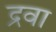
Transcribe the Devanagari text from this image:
द्रवा